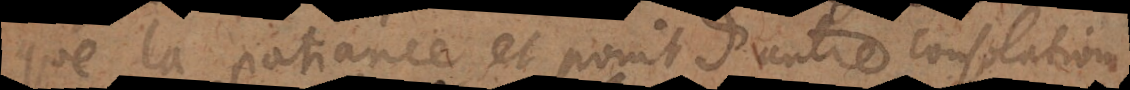
que la patience, et point d’autre consolation